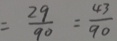
= \frac { 2 9 } { 9 0 } = \frac { 4 3 } { 9 0 }